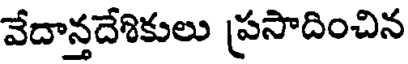
వేదాన్తదేశికులు ప్రసాదించిన